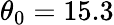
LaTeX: \theta_{0}=15.3